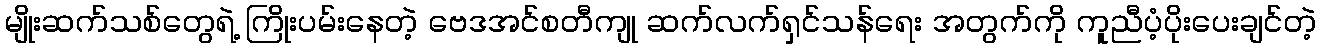
မျိုးဆက်သစ်တွေရဲ့ ကြိုးပမ်းနေတဲ့ ဗေဒအင်စတီကျု ဆက်လက်ရှင်သန်ရေး အတွက်ကို ကူညီပံ့ပိုးပေးချင်တဲ့